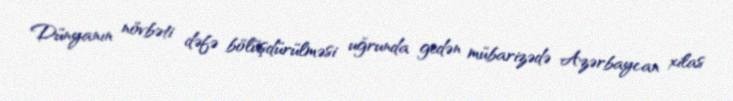
Dünyanın növbəti dəfə bölüşdürülməsi uğrunda gedən mübarizədə Azərbaycan xilas